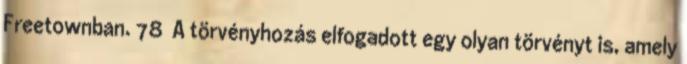
Freetownban. 78 A törvényhozás elfogadott egy olyan törvényt is, amely